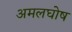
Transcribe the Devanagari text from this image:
अमलघोष